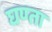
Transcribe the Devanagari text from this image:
घण्ता